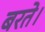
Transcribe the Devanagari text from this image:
बरते।